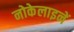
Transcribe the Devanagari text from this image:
नोकेलाइनें